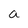
Character: a